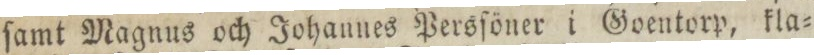
ſamt Magnus och Johannes Persſöner i Goentorp, kla=